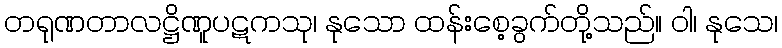
တရုဏတာလဋ္ဌိဏူပဋကသု၊ နုသော ထန်းစေ့ခွက်တို့သည်။ ဝါ၊ နုသေ၊